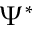
\Psi ^ { * }